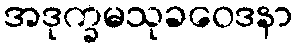
အဒုက္ခမသုခဝေဒနာ